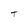
Character: T